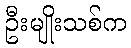
ဦးမျိုးသစ်က